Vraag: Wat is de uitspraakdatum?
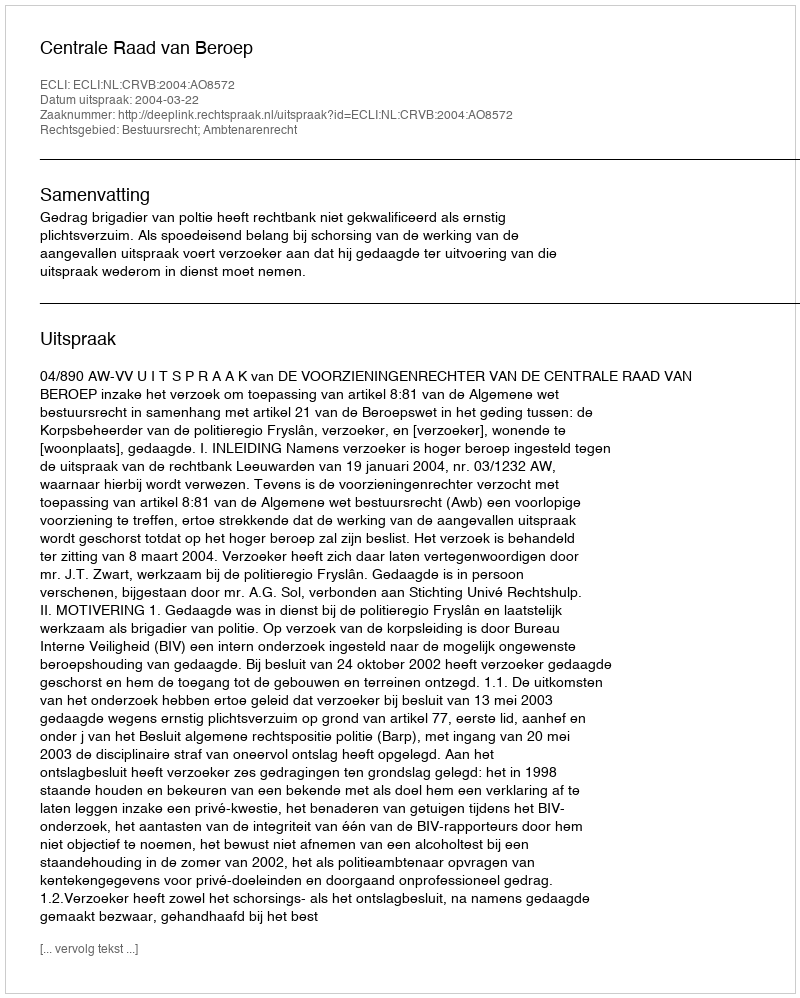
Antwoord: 2004-03-22